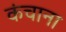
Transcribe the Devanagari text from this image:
कंचाना